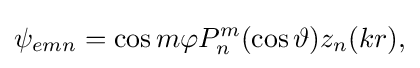
{\psi _{emn}=\cos m\varphi P_{n}^{m}(\cos \vartheta )z_{n}({k}r),}